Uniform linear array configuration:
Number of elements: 32
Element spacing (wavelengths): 0.25
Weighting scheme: binomial
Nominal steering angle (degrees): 60
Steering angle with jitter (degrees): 60.539
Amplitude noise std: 0.05
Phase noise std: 0.05

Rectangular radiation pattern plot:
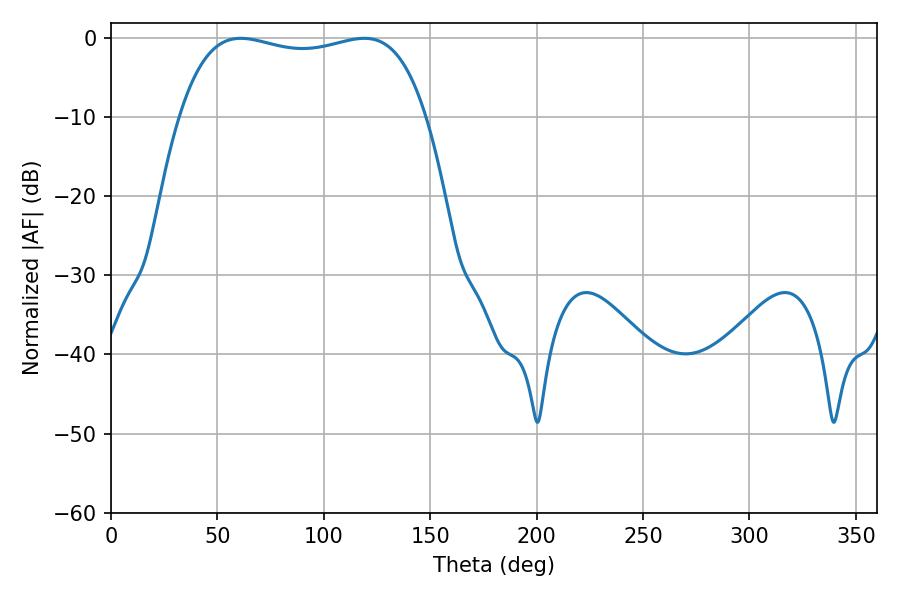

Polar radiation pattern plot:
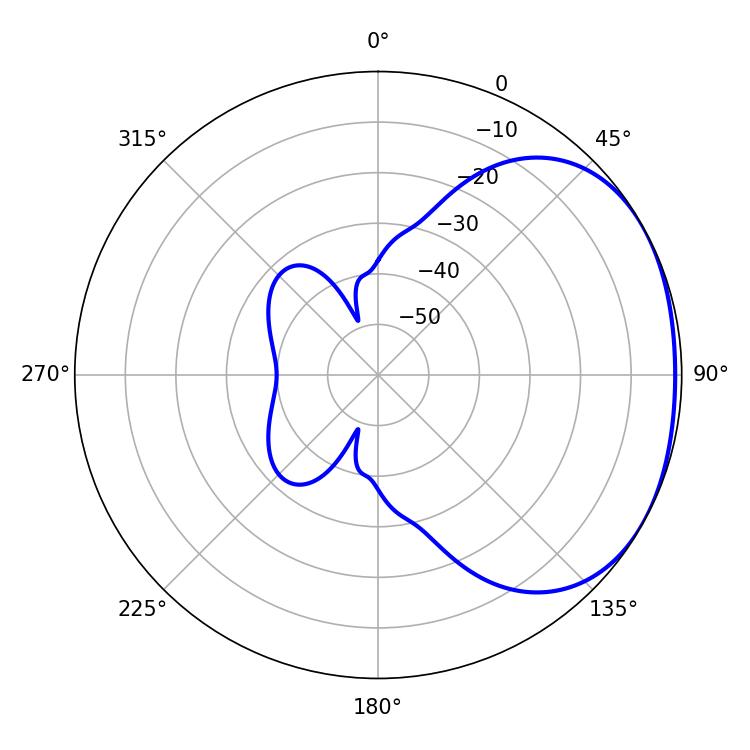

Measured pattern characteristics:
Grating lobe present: FALSE
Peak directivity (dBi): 1.827
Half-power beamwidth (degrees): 93.6
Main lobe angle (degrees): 61.02